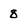
Character: 8